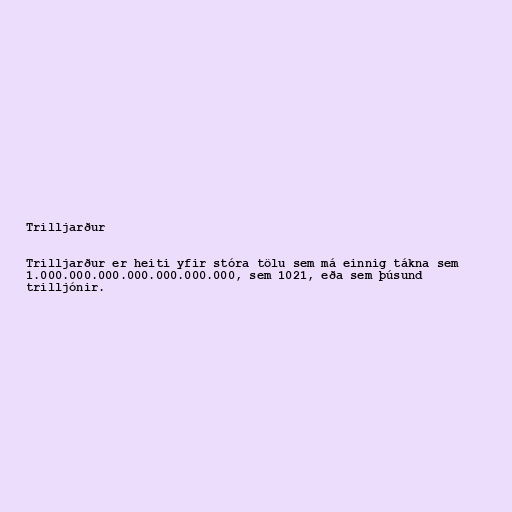
Trilljarður

Trilljarður er heiti yfir stóra tölu sem má einnig tákna sem
1.000.000.000.000.000.000.000, sem 1021, eða sem þúsund
trilljónir.